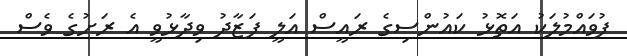
ފުވައްމުލަކު އަތޮޅު ކައުންސިގެ ރައީސް އަލީ ފަޒާދު ވިދާޅުވީ އެ ރަށުގެ ވެސް